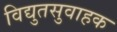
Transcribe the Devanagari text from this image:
विद्युतसुवाहक